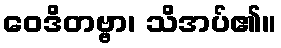
ဝေဒိတဗ္ဗာ၊ သိအပ်၏။